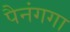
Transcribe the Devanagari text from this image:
पैनंगगा